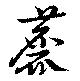
麤